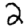
Digit: 2